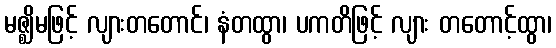
မဇ္ဈိမဖြင့် လျားတတောင်၊ နံတထွာ၊ ပကတိဖြင့် လျား တတောင့်ထွာ၊